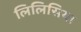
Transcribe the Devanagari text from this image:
लिलिसिया